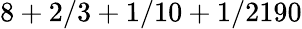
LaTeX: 8+2/3+1/10+1/2190